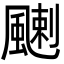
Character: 𩘊